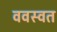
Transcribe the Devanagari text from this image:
ववस्वत